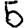
Digit: 5